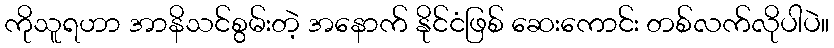
ကိုသူရဟာ အာနိသင်စွမ်းတဲ့ အနောက် နိုင်ငံဖြစ် ဆေးကောင်း တစ်လက်လိုပါပဲ။